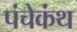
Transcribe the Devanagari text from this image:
पंचेकंथ